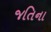
જતિના